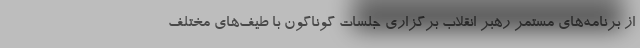
از برنامه‌های مستمر رهبر انقلاب برگزاری جلسات گوناگون با طیف‌های مختلف